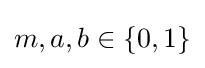
m,a,b\in \{0,1\}